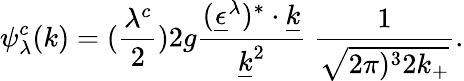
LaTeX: \psi_{\lambda}^{c}(k)=({\frac{\lambda^{c}}{2}})2g{\frac{(\underline{{{\epsilon}}}^{\lambda})^{\ast}\cdot\underline{{{k}}}}{\underline{{{k}}}^{2}}}\ {\frac{1}{\sqrt{2\pi)^{3}2k_{+}}}}.